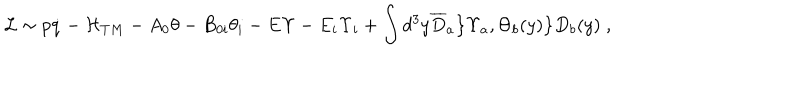
LaTeX: { \cal L } \sim p \dot { q } - { \cal H } _ { T M } - A _ { 0 } \theta - B _ { 0 i } \theta _ { i } - E \Upsilon - E _ { i } \Upsilon _ { i } + \int d ^ { 3 } y { \overline { { D } } } _ { a } \bigl \{ \Upsilon _ { a } , \Theta _ { b } ( y ) \bigl \} D _ { b } ( y ) \; ,